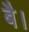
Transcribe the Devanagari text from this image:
बै।